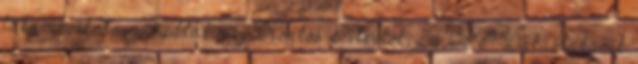
takarékoskodni - tudtuk meg Köntös Pétertől, az OTP Lakástakarék